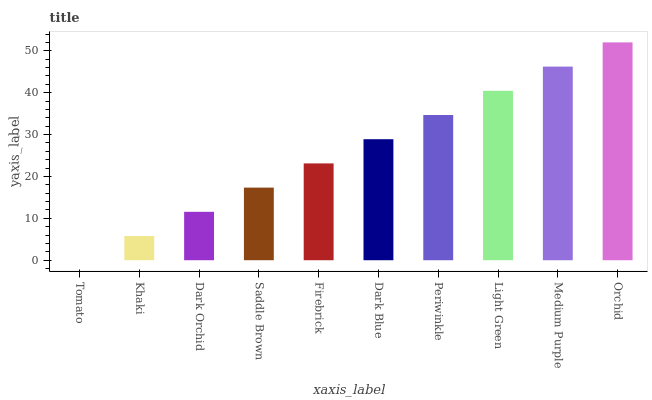
| xaxis_label | bars |
 | --- | --- |
 | Tomato | 0 |
 | Khaki | 5.78 |
 | Dark Orchid | 11.6 |
 | Saddle Brown | 17.3 |
 | Firebrick | 23.1 |
 | Dark Blue | 28.9 |
 | Periwinkle | 34.7 |
 | Light Green | 40.5 |
 | Medium Purple | 46.2 |
 | Orchid | 52 |